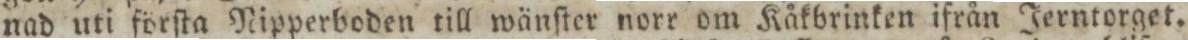
nad uti förſta Nipperboden till wänſter norr om Kåkbrinken ifrån Jerntorget.